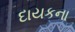
દાયકના